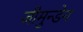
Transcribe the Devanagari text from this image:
जीमुन्डेन